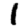
Digit: 1